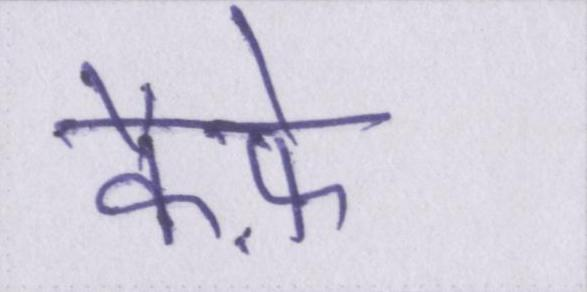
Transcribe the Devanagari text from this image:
कैफ़े